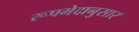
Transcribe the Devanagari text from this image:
रूपभेदानुसार